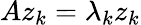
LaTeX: Az_{k}=\lambda_{k}z_{k}